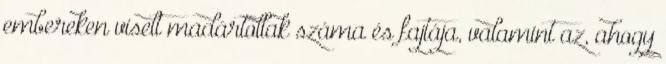
embereken viselt madártollak száma és fajtája, valamint az, ahogy